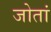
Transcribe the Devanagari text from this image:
जोतां